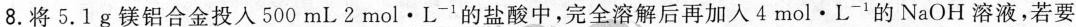
8.将5.1g镁铝合金投入500mL2mol·L-1的盐酸中，完全溶解后再加入4mol \cdot L^{-1}的NaOH溶液，若要